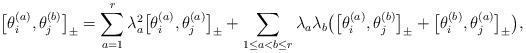
LaTeX: \begin{gather*}\big[\theta_i^{(a)},\theta_j^{(b)}\big]_{\pm} =\sum_{a=1}^{r} \lambda_{a}^2 \big[\theta_i^{(a)},\theta_j^{(a)}\big]_{\pm} + \sum_{1 \le a < b \le r}\lambda_{a} \lambda_b\big(\big[\theta_i^{(a)},\theta_j^{(b)}\big]_{\pm}+\big[\theta_i^{(b)},\theta_j^{(a)}\big]_{\pm} \big),\end{gather*}